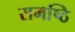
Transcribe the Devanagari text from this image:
समष्ठि